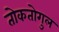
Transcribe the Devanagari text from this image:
तोकतोगुल